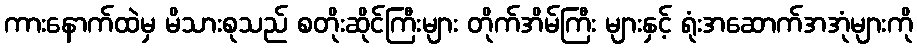
ကားနောက်ထဲမှ မိသားစုသည် စတိုးဆိုင်ကြီးများ တိုက်အိမ်ကြီး များနှင့် ရုံးအဆောက်အအုံများကို